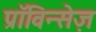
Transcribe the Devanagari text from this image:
प्राॅविन्सेज़